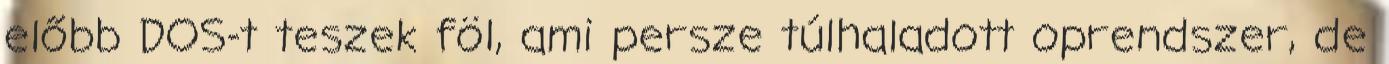
előbb DOS-t teszek föl, ami persze túlhaladott oprendszer, de